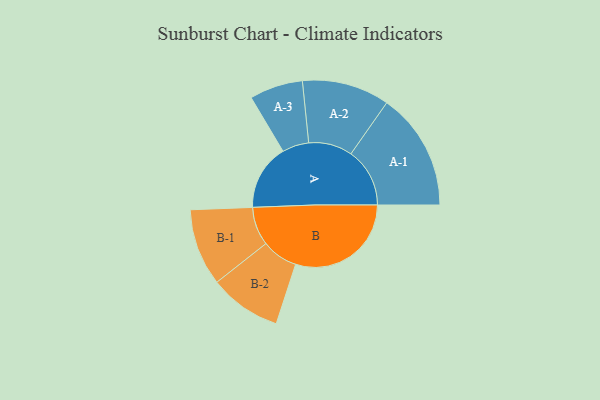
{"axis": {"x": "Segment", "y": "Value"}, "legend": ["", "A", "B"], "data": [{"x": "A", "y": 266, "type": ""}, {"x": "B", "y": 468, "type": ""}, {"x": "A-1", "y": 238, "type": "A"}, {"x": "A-2", "y": 177, "type": "A"}, {"x": "A-3", "y": 108, "type": "A"}, {"x": "B-1", "y": 156, "type": "B"}, {"x": "B-2", "y": 146, "type": "B"}]}